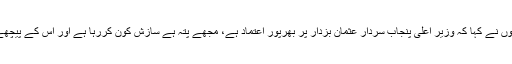
اجلاس میں وزیراعظم نے عثمان بزدارکی تبدیلی کے حوالے سے قیاس آرائیوں کومسترد کردیا، انہوں نے کہا کہ وزیر اعلیٰ پنجاب سردار عثمان بزدار پر بھرپور اعتماد ہے، مجھے پتہ ہے سازش کون کررہا ہے اور اس کے پیچھے کون ہے، عثمان بزدارکو کسی صورت نہیں ہٹاؤں گا،عثمان بزدارہی وزیراعلیٰ پنجاب رہیں گے۔